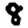
Digit: 8